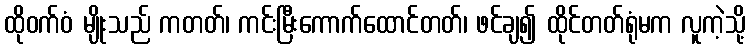
ထိုဝက်ဝံ မျိုးသည် ကတတ်၊ ကင်းမြီးကောက်ထောင်တတ်၊ ဖင်ချ၍ ထိုင်တတ်ရုံမက လူကဲ့သို့